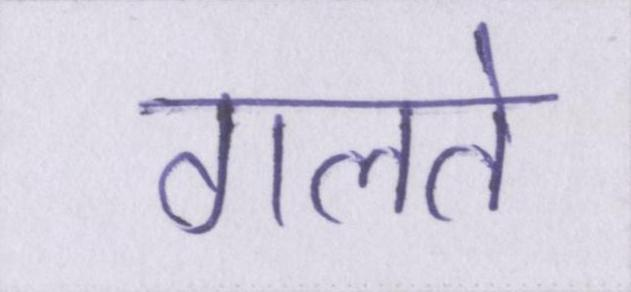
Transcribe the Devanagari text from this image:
गलते